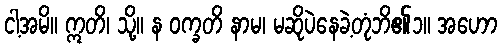
ငါ့အမိ။ ဣတိ၊ သို့။ န ဝက္ခတိ နာမ၊ မဆိုပဲနေခဲ့တုံဘိ၏၁။ အဟော